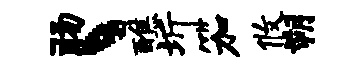
肠丶醮圻笳攸朔